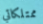
ممتلكاتي